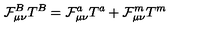
\mathcal { F } _ { \mu \nu } ^ { B } T ^ { B } = \mathcal { F } _ { \mu \nu } ^ { a } T ^ { a } + \mathcal { F } _ { \mu \nu } ^ { m } T ^ { m }